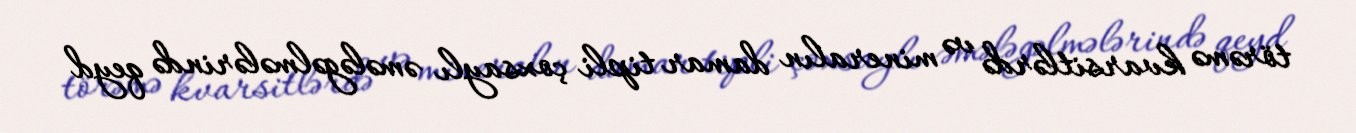
törəmə kvarsitlərdə və mineralın damar tipli çoxsaylı əmələgəlmələrində qeyd